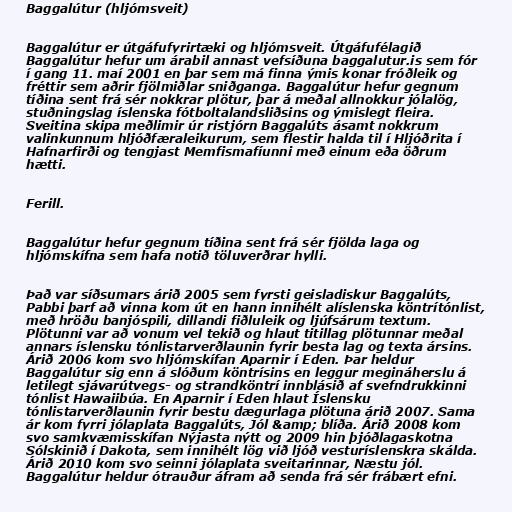
Baggalútur (hljómsveit)

Baggalútur er útgáfufyrirtæki og hljómsveit. Útgáfufélagið
Baggalútur hefur um árabil annast vefsíðuna baggalutur.is sem fór
í gang 11. maí 2001 en þar sem má finna ýmis konar fróðleik og
fréttir sem aðrir fjölmiðlar sniðganga. Baggalútur hefur gegnum
tíðina sent frá sér nokkrar plötur, þar á meðal allnokkur jólalög,
stuðningslag íslenska fótboltalandsliðsins og ýmislegt fleira.
Sveitina skipa meðlimir úr ristjórn Baggalúts ásamt nokkrum
valinkunnum hljóðfæraleikurum, sem flestir halda til í Hljóðrita í
Hafnarfirði og tengjast Memfismafíunni með einum eða öðrum
hætti.

Ferill.

Baggalútur hefur gegnum tíðina sent frá sér fjölda laga og
hljómskífna sem hafa notið töluverðrar hylli.

Það var síðsumars árið 2005 sem fyrsti geisladiskur Baggalúts,
Pabbi þarf að vinna kom út en hann innihélt alíslenska köntrítónlist,
með hröðu banjóspili, dillandi fiðluleik og ljúfsárum textum.
Plötunni var að vonum vel tekið og hlaut titillag plötunnar meðal
annars íslensku tónlistarverðlaunin fyrir besta lag og texta ársins.
Árið 2006 kom svo hljómskífan Aparnir í Eden. Þar heldur
Baggalútur sig enn á slóðum köntrísins en leggur megináherslu á
letilegt sjávarútvegs- og strandköntrí innblásið af svefndrukkinni
tónlist Hawaiibúa. En Aparnir í Eden hlaut Íslensku
tónlistarverðlaunin fyrir bestu dægurlaga plötuna árið 2007. Sama
ár kom fyrri jólaplata Baggalúts, Jól &amp; blíða. Árið 2008 kom
svo samkvæmisskífan Nýjasta nýtt og 2009 hin þjóðlagaskotna
Sólskinið í Dakota, sem innihélt lög við ljóð vesturíslenskra skálda.
Árið 2010 kom svo seinni jólaplata sveitarinnar, Næstu jól.
Baggalútur heldur ótrauður áfram að senda frá sér frábært efni.